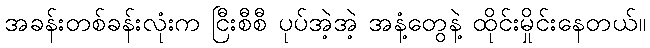
အခန်းတစ်ခန်းလုံးက ငြီးစီစီ ပုပ်အဲ့အဲ့ အနံ့တွေနဲ့ ထိုင်းမှိုင်းနေတယ်။